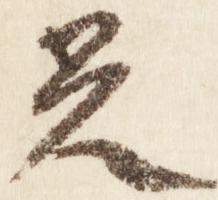
光